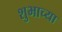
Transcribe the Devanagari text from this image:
शुभाच्या